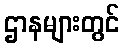
ဌာနများတွင်